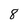
Character: 8